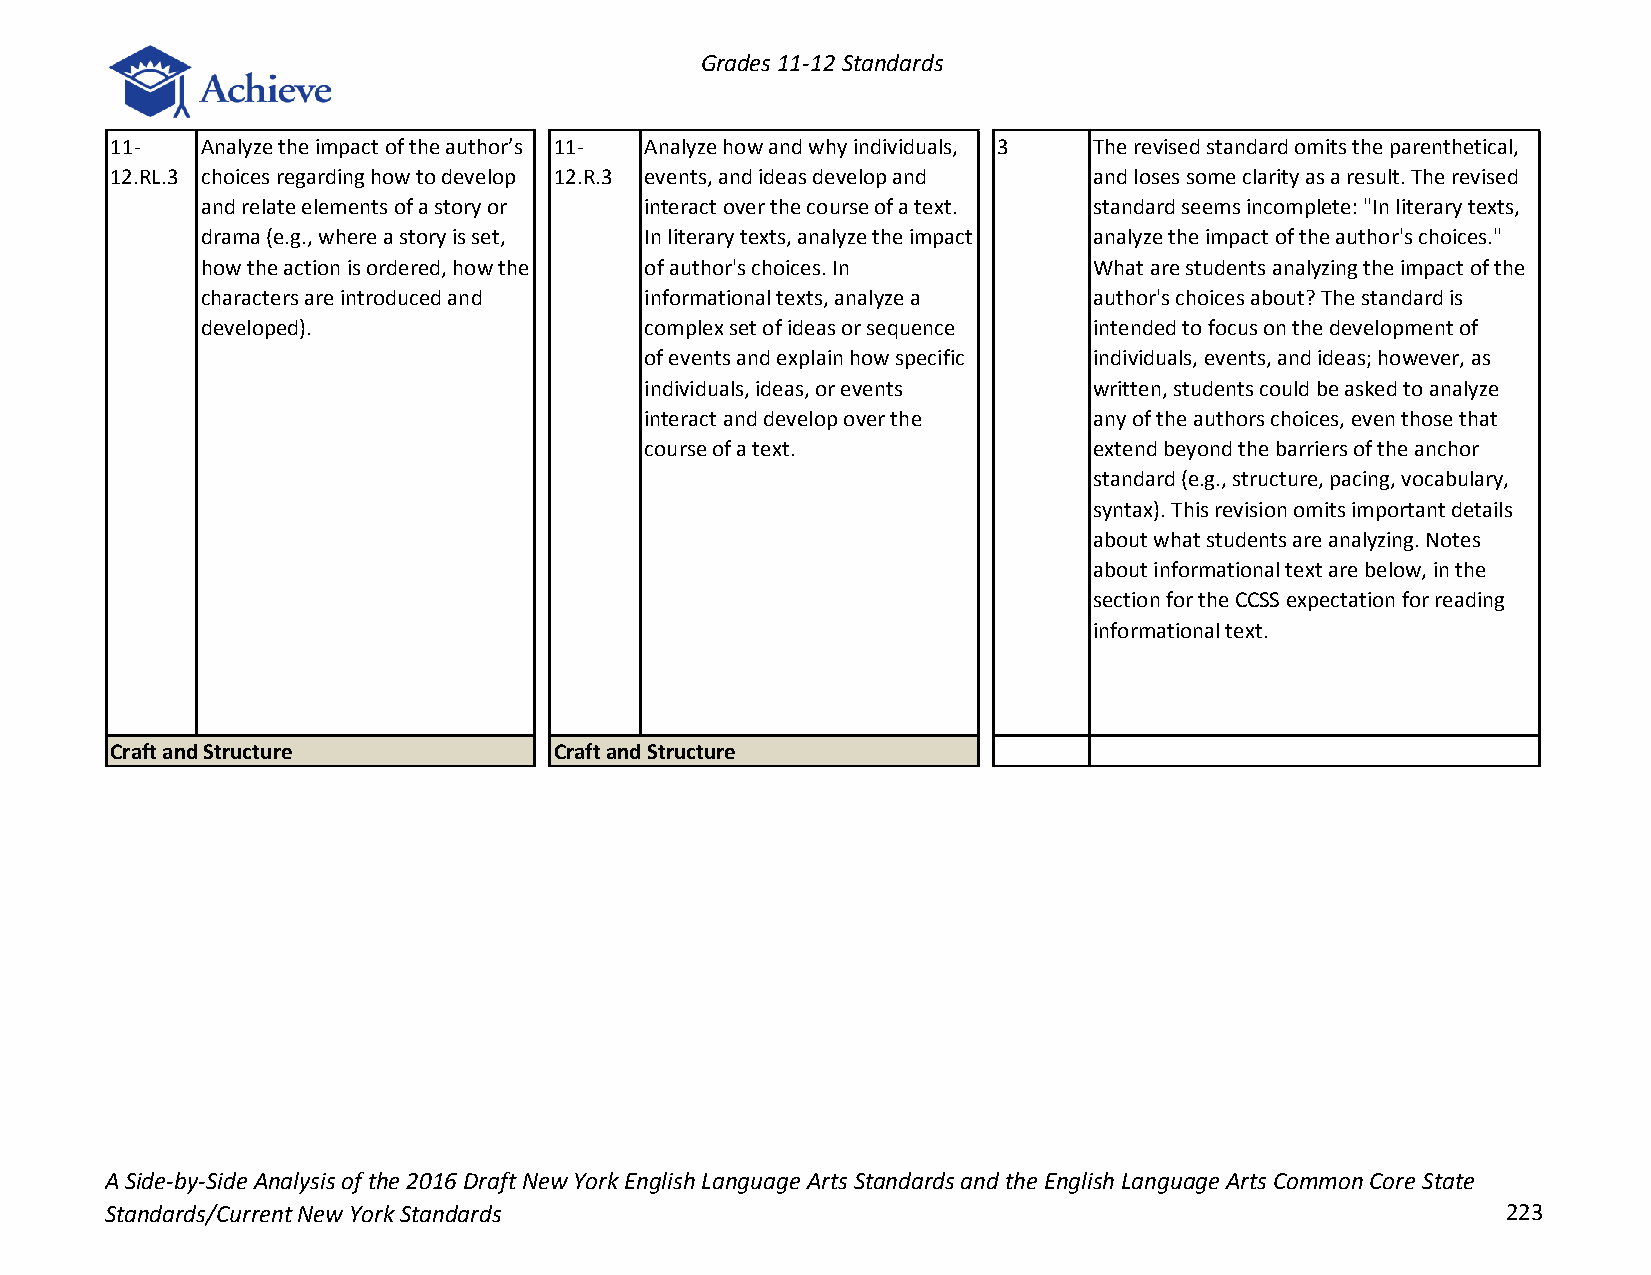
Grades 11-12 Standards
 11-   Analyze the impact of the author’s 11- Analyze how and why individuals, 3 The revised standard omits the parenthetical,
 12.RL.3 choices regarding how to develop 12.R.3 events, and ideas develop and and loses some clarity as a result. The revised
 and relate elements of a story or interact over the course of a text. standard seems incomplete: "In literary texts,
 drama (e.g., where a story is set, In literary texts, analyze the impact analyze the impact of the author's choices."
 how the action is ordered, how the of author's choices. In What are students analyzing the impact of the
 characters are introduced and informational texts, analyze a author's choices about? The standard is
 developed).                   complex set of ideas or sequence intended to focus on the development of
 of events and explain how specific individuals, events, and ideas; however, as
 individuals, ideas, or events written, students could be asked to analyze
 interact and develop over the any of the authors choices, even those that
 course of a text.            extend beyond the barriers of the anchor
 standard (e.g., structure, pacing, vocabulary,
 syntax). This revision omits important details
 about what students are analyzing. Notes
 about informational text are below, in the
 section for the CCSS expectation for reading
 informational text.
 Craft and Structure           Craft and Structure
 A Side-by-Side Analysis of the 2016 Draft New York English Language Arts Standards and the English Language Arts Common Core State
 Standards/Current New York Standards                                                         223